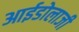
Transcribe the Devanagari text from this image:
आईडोलाजी